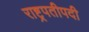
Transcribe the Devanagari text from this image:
राष्ट्रपतीपदी